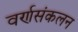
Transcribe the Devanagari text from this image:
वर्णसंकलन